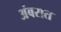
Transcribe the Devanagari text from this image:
अंबरात